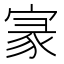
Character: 𡩚